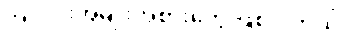
အလင်းအမျိုးအစားတွေ ဖြစ်ပါတယ်။